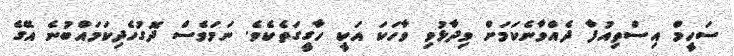
ސަހީމް އިސްތިއުފާ ދެއްވާނެކަމަށް ވިދާޅުވި ވާހަކަ އަކީ ހާގީގަތެކެވެ. ނަމަވެސް ދޮގުހެދިކަމައްބުނެ އޭގެ